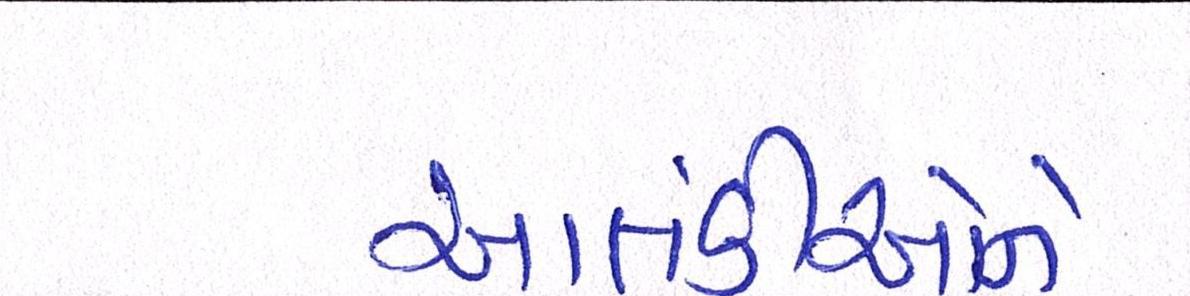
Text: આતંકીઓને